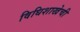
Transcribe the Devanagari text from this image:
विधिशाखेची